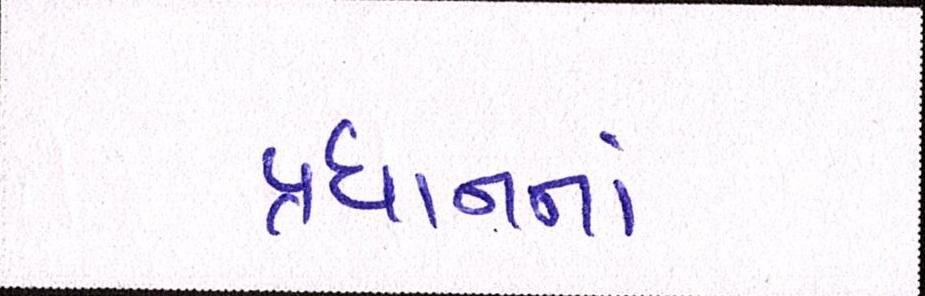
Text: પ્રધાનનાં